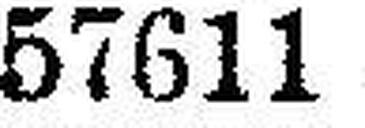
57611